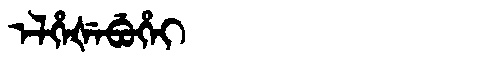
Manchu: ᡝᠯᡥᡝᡧᡝᠪᡠᡥᡝᡳ
Romanization: ELHEŠEBUHEI